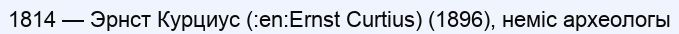
1814 — Эрнст Курциус (:en:Ernst Curtius) (1896), неміс археологы